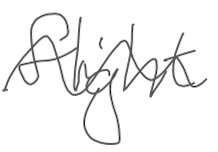
Text: flight
Cross-out: wave
Writing tool: digital_gray